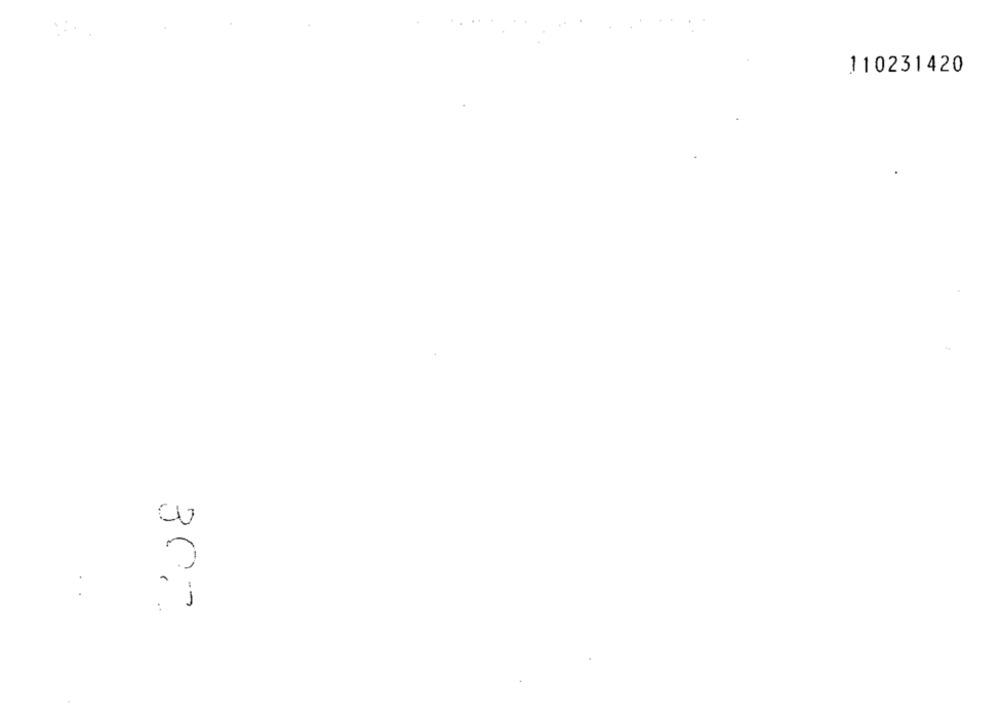
110231420
:
307